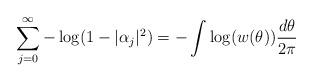
LaTeX: \begin{align*} \sum_{j=0}^{\infty} -\log(1-|\alpha_j|^2) = - \int \log(w(\theta)) \frac{d\theta}{2\pi}\end{align*}